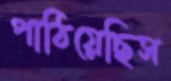
পাঠিয়েছিস